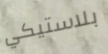
بلاستيكي